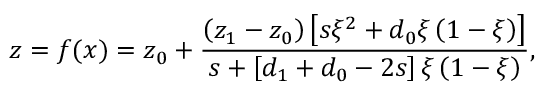
z = f ( x ) = z _ { 0 } + \frac { \left( z _ { 1 } - z _ { 0 } \right) \left[ s \xi ^ { 2 } + d _ { 0 } \xi \left( 1 - \xi \right) \right] } { s + \left[ d _ { 1 } + d _ { 0 } - 2 s \right] \xi \left( 1 - \xi \right) } ,